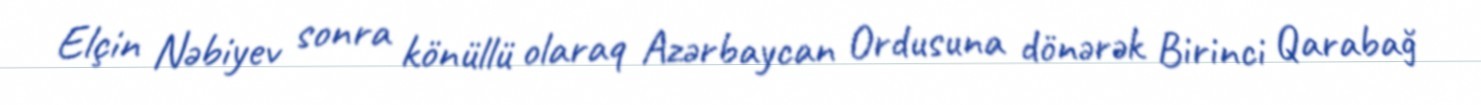
Elçin Nəbiyev sonra könüllü olaraq Azərbaycan Ordusuna dönərək Birinci Qarabağ